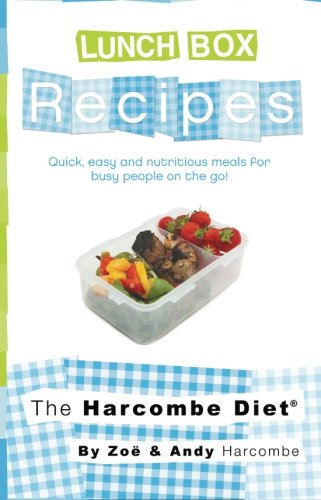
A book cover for The Harcombe Diet Lunch Box Recipes; Zoe Harcombe; Cookbooks, Food & Wine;